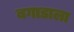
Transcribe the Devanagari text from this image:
बगाडाला